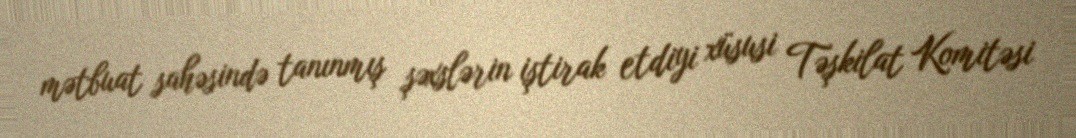
mətbuat sahəsində tanınmış şəxslərin iştirak etdiyi xüsusi Təşkilat Komitəsi